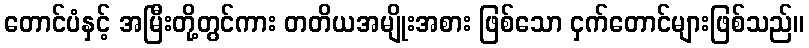
တောင်ပံနှင့် အမြီးတို့တွင်ကား တတိယအမျိုးအစား ဖြစ်သော ငှက်တောင်များဖြစ်သည်။